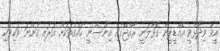
އީވާ ވިދާޅުވީ އެމްޑީޕީން ގޮވާާލަނީ ރާއްޖޭގައި އިންސާނީ ހައްގުތަކަށް އަރައި ގަންނަ ވަކިވަކި